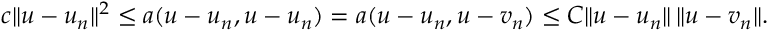
c \| u - u _ { n } \| ^ { 2 } \leq a ( u - u _ { n } , u - u _ { n } ) = a ( u - u _ { n } , u - v _ { n } ) \leq C \| u - u _ { n } \| \, \| u - v _ { n } \| .